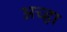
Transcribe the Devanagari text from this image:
अच्हा